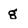
Character: g